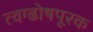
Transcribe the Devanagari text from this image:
त्वग्ढोषपूरक